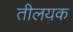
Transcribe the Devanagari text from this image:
तीलयक